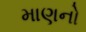
માણનો